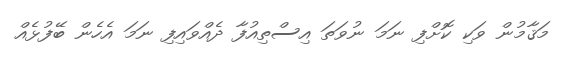
މަޤާމުން ވަކި ކޮށްފި ނަމަ ނުވަތަ އިސްތިއުފާ ދެއްވައިފި ނަމަ އެހެން ބޭފުޅެއް